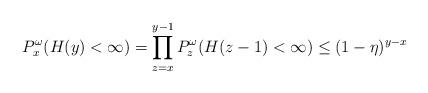
LaTeX: \begin{align*}P^{\omega}_x(H(y)<\infty)=\prod_{z=x}^{y-1}P_z^\omega(H(z-1)<\infty) \le (1-\eta)^{y-x}\end{align*}